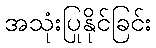
အသုံးပြုနိုင်ခြင်း